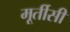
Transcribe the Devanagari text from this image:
मूर्तीसी